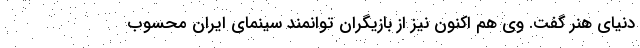
دنیای هنر گفت. وی هم اکنون نیز از بازیگران توانمند سینمای ایران محسوب